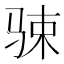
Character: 𱅔